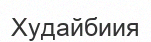
Худайбиия